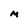
Character: M